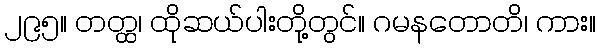
၂၉၅။ တတ္ထ၊ ထိုဆယ်ပါးတို့တွင်။ ဂမနတောတိ၊ ကား။